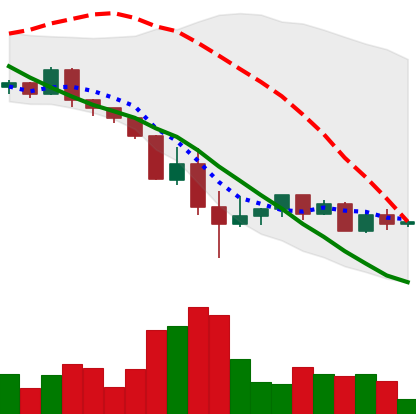
Ticker: ETH-USD
Chart end date: 2022-05-21
Forward return: -8.64%
Label: down_7plus